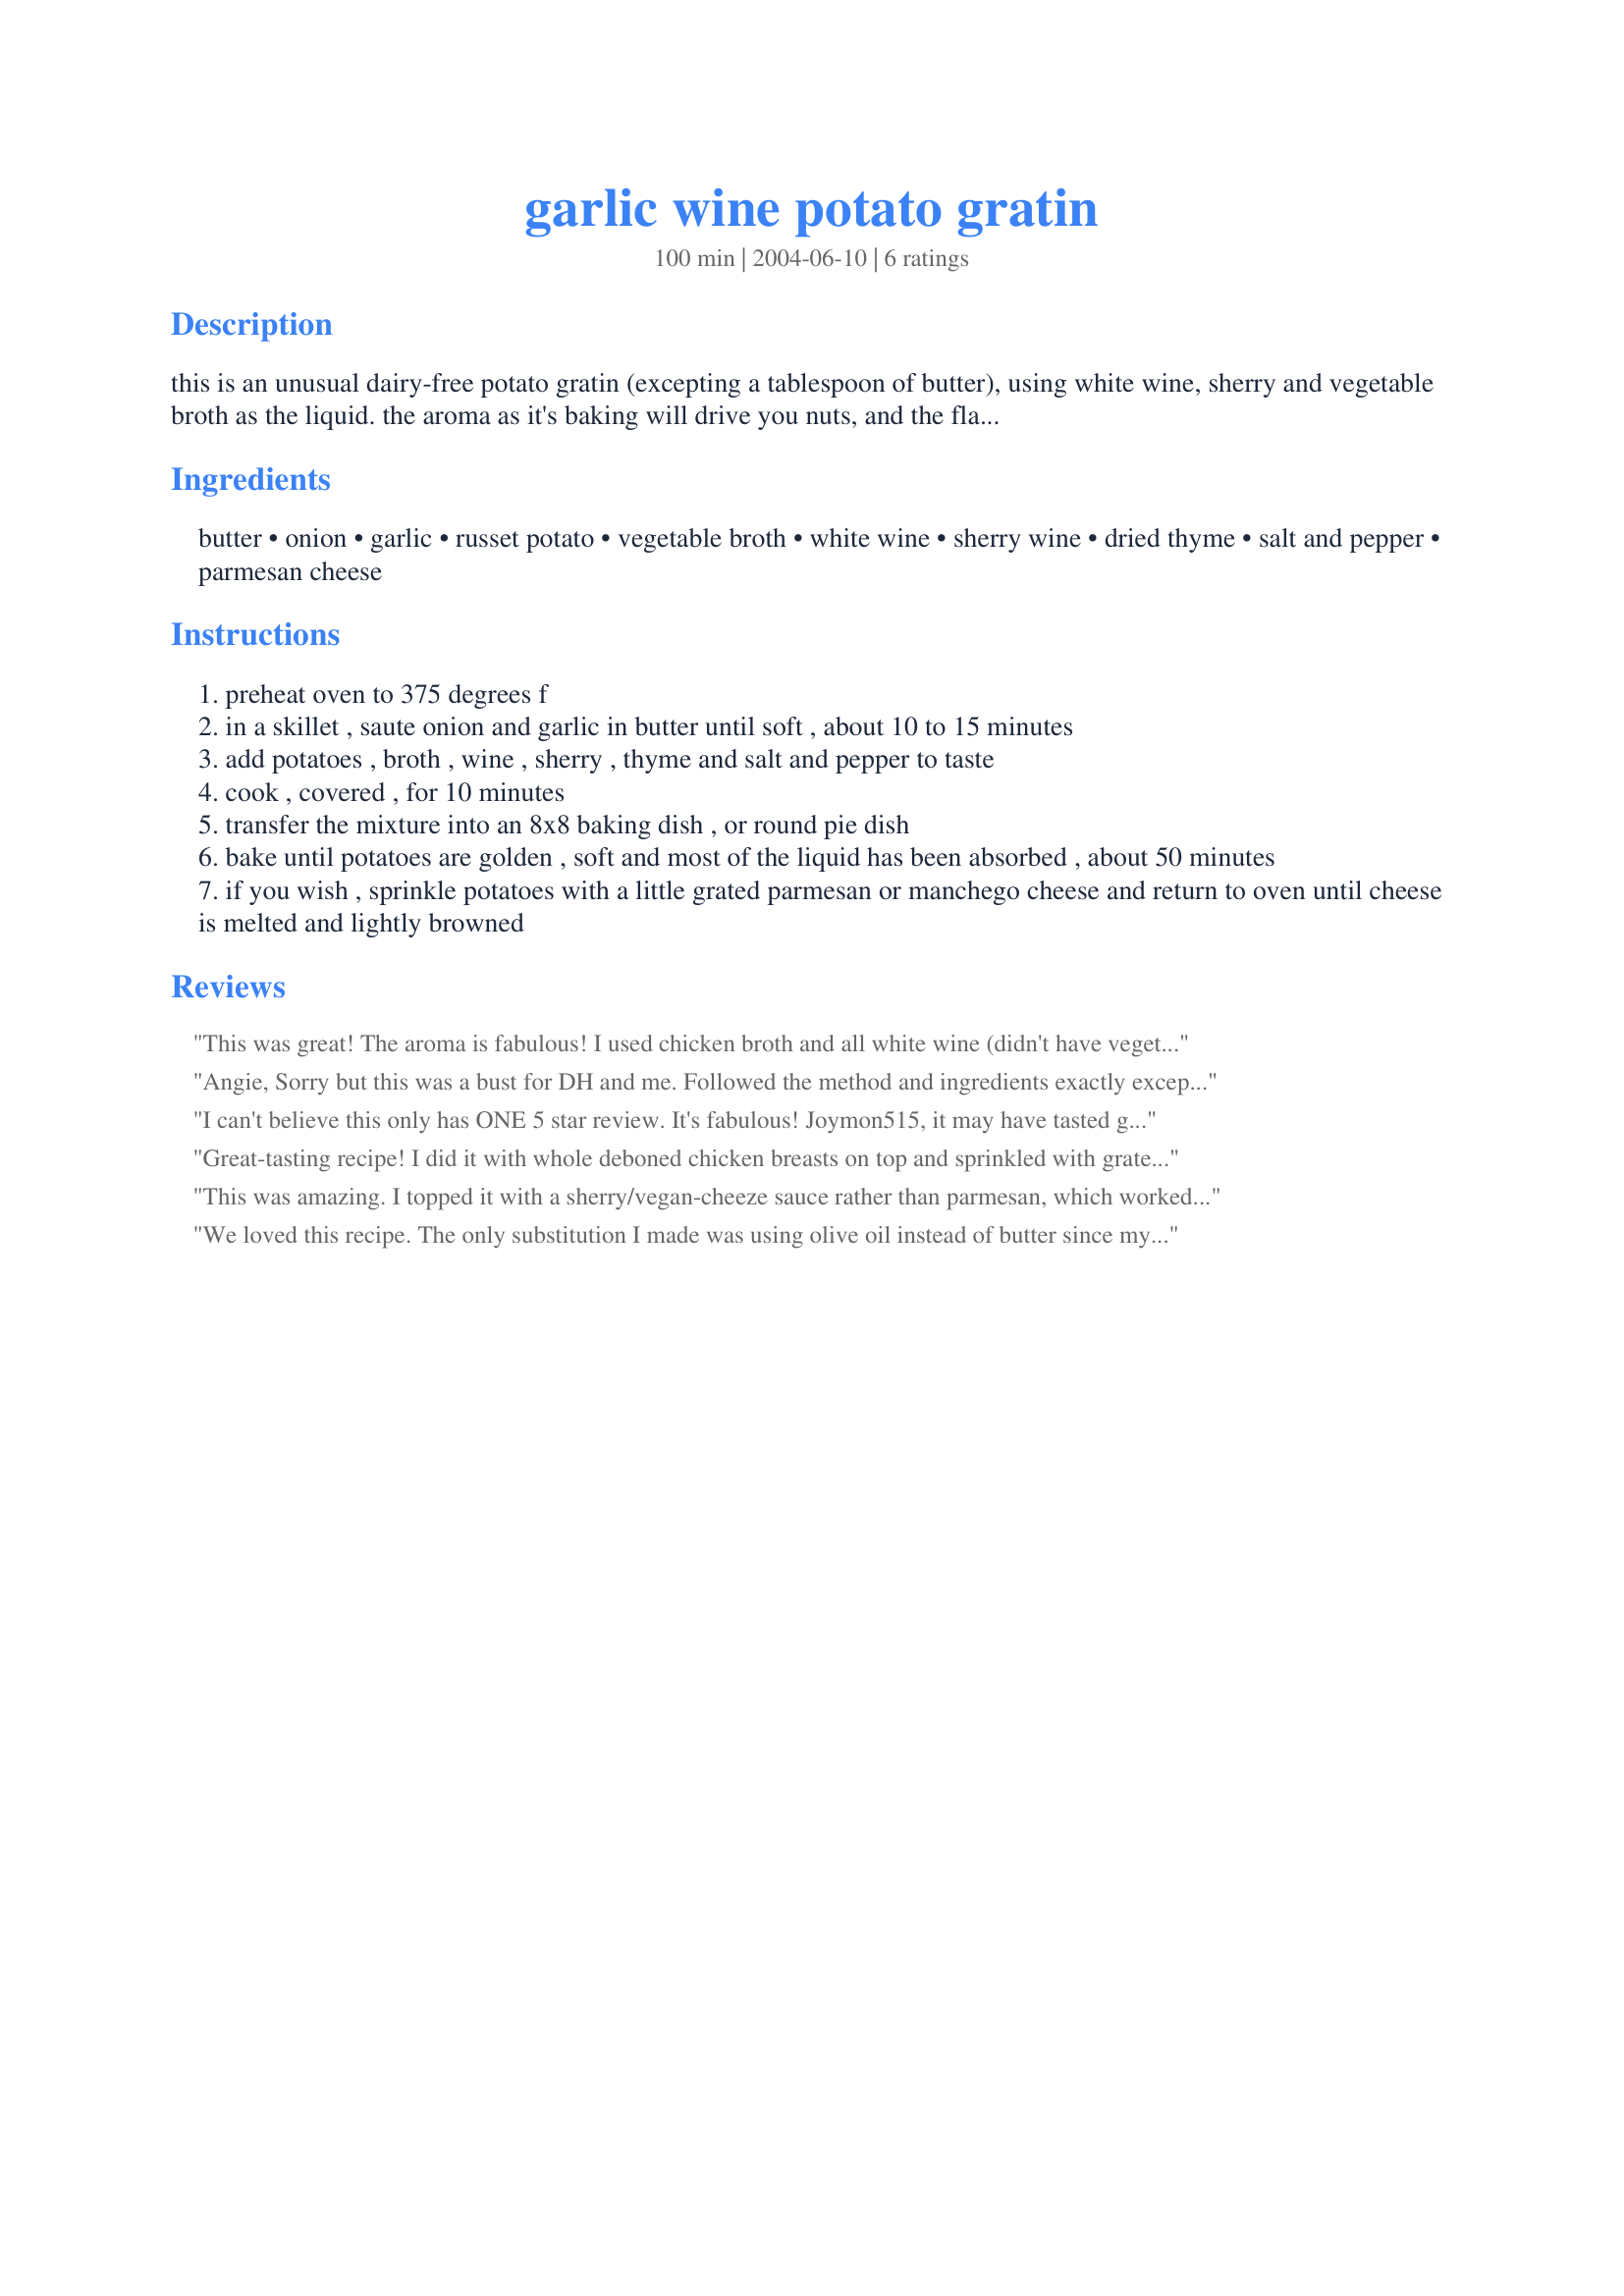
garlic wine potato gratin
Preparation time: 100 minutes

this is an unusual dairy-free potato gratin (excepting a tablespoon of butter), using white wine, sherry and vegetable broth as the liquid. the aroma as it's baking will drive you nuts, and the flavor is absolutely amazing.

Ingredients:
butter, onion, garlic, russet potato, vegetable broth, white wine, sherry wine, dried thyme, salt and pepper, parmesan cheese

Steps:
preheat oven to 375 degrees f
in a skillet , saute onion and garlic in butter until soft , about 10 to 15 minutes
add potatoes , broth , wine , sherry , thyme and salt and pepper to taste
cook , covered , for 10 minutes
transfer the mixture into an 8x8 baking dish , or round pie dish
bake until potatoes are golden , soft and most of the liquid has been absorbed , about 50 minutes
if you wish , sprinkle potatoes with a little grated parmesan or manchego cheese and return to oven until cheese is melted and lightly browned

Reviews:
This was great! The aroma is fabulous! I used chicken broth and all white wine (didn't have vegetable broth or sherry)My family loved it.
Angie, Sorry but this was a bust for DH and me. Followed the method and ingredients exactly except for using chicken broth instead of vegetable. You are right, the aroma is certainly pungent while cooking! But all the expected flavor wasn't there. DH thought it might be the type of potatoes I used but I did use russets as that was what you specified in the recipe. Sorry, but this is not a "keeper" for me.
I can't believe this only has ONE 5 star review. It's fabulous! Joymon515, it may have tasted great made without the sherry, but believe me, dry sherry is what makes this recipe rock! I cooked this exactly as specified. For the stock I used 1 teaspoon of vegetable stock powder in 1/2 cup hot water. I used 4 large-ish potatoes which made enough for four generous serves. Simple to cook and such a unique taste! Totally impressed.
Great-tasting recipe! I did it with whole deboned chicken breasts on top and sprinkled with grated parmesan cheese. Oh- I also sauteed thin-sliced portabella (brown) mushrooms with the garlic and onion. I didn't use enough potatoes (golden, raw, sliced, enough to fill a 9x9 baking dish almost half way), so it ended up more as a chunky potato soup - we needed a fork, knife AND spoon! But, it was delicious! My soup version and the normal version are both on our list of do-agains!
This was amazing. I topped it with a sherry/vegan-cheeze sauce rather than parmesan, which worked perfectly--broiled for a minute or two. Thanks for posting this.
We loved this recipe. The only substitution I made was using olive oil instead of butter since my husband is lactose intolerant and even that little bit could cause him trouble. I wasn't asked, but rather informed that I better save the recipe because I will be making it again. And soon!
